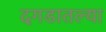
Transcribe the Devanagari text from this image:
दगडातल्या